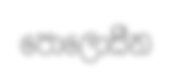
පොලොසීන